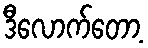
ဒီလောက်တော့